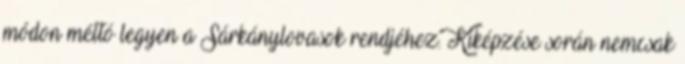
módon méltó legyen a Sárkánylovasok rendjéhez. Kiképzése során nemcsak